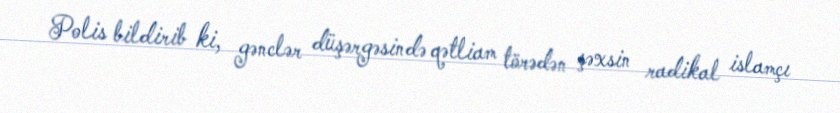
Polis bildirib ki, gənclər düşərgəsində qətliam törədən şəxsin radikal islamçı